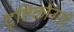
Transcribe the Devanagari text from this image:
दृष्टिकोनाची